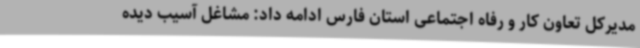
مدیرکل تعاون کار و رفاه اجتماعی استان فارس ادامه داد: مشاغل آسیب دیده